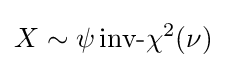
X\sim \psi \,{\mbox{inv-}}\chi ^{2}(\nu )